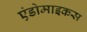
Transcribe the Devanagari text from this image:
एंडोमाइकस